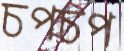
চপচপ